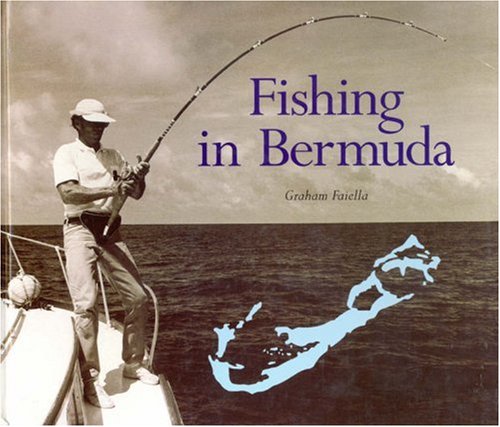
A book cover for Fishing in Bermuda; Graham Faiella; Travel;